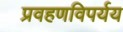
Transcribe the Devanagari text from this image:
प्रवहणविपर्यय